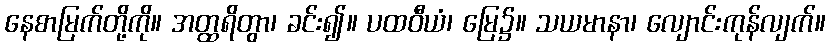
နေစာမြက်တို့ကို။ အတ္ထရိတွာ၊ ခင်း၍။ ပထဝီယံ၊ မြေ၌။ သယမာနာ၊ လျောင်းကုန်လျက်။